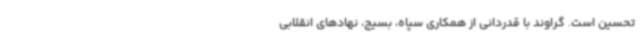
تحسین است. گراوند با قدردانی از همکاری سپاه، بسیج، نهادهای انقلابی